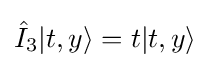
{\hat {I}}_{3}|t,y\rangle =t|t,y\rangle